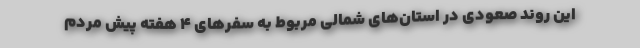
این روند صعودی در استان‌های شمالی مربوط به سفر‌های ۴ هفته پیش مردم